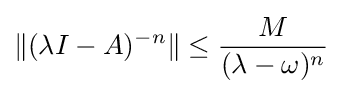
\|(\lambda I-A)^{-n}\|\leq {\frac {M}{(\lambda -\omega )^{n}}}